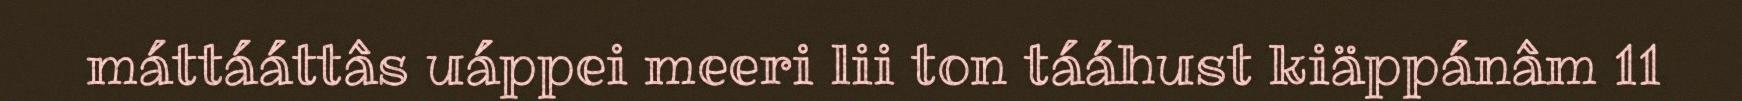
máttááttâs uáppei meeri lii ton tááhust kiäppánâm 11